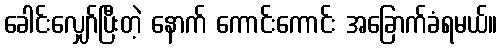
ခေါင်းလျှော်ပြီးတဲ့ နောက် ကောင်းကောင်း အခြောက်ခံရမယ်။